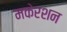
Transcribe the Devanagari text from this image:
मकेरशन